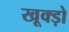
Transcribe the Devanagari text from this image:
खूक्ड़ो